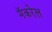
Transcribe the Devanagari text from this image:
मॅकरेल